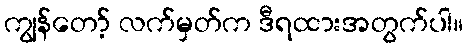
ကျွန်တော့် လက်မှတ်က ဒီရထားအတွက်ပါ။